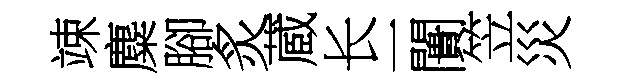
竦麋腳炙蔵长一闠笠災